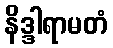
နိဒ္ဒါရာမတံ